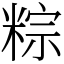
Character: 粽